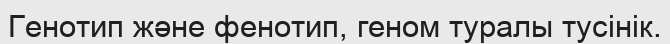
Генотип және фенотип, геном туралы тусінік.